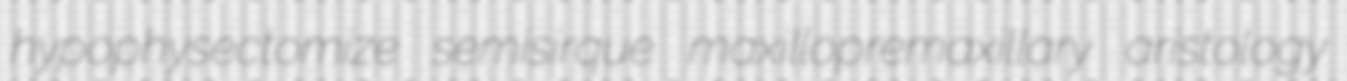
hypophysectomize semisirque maxillopremaxillary aristology